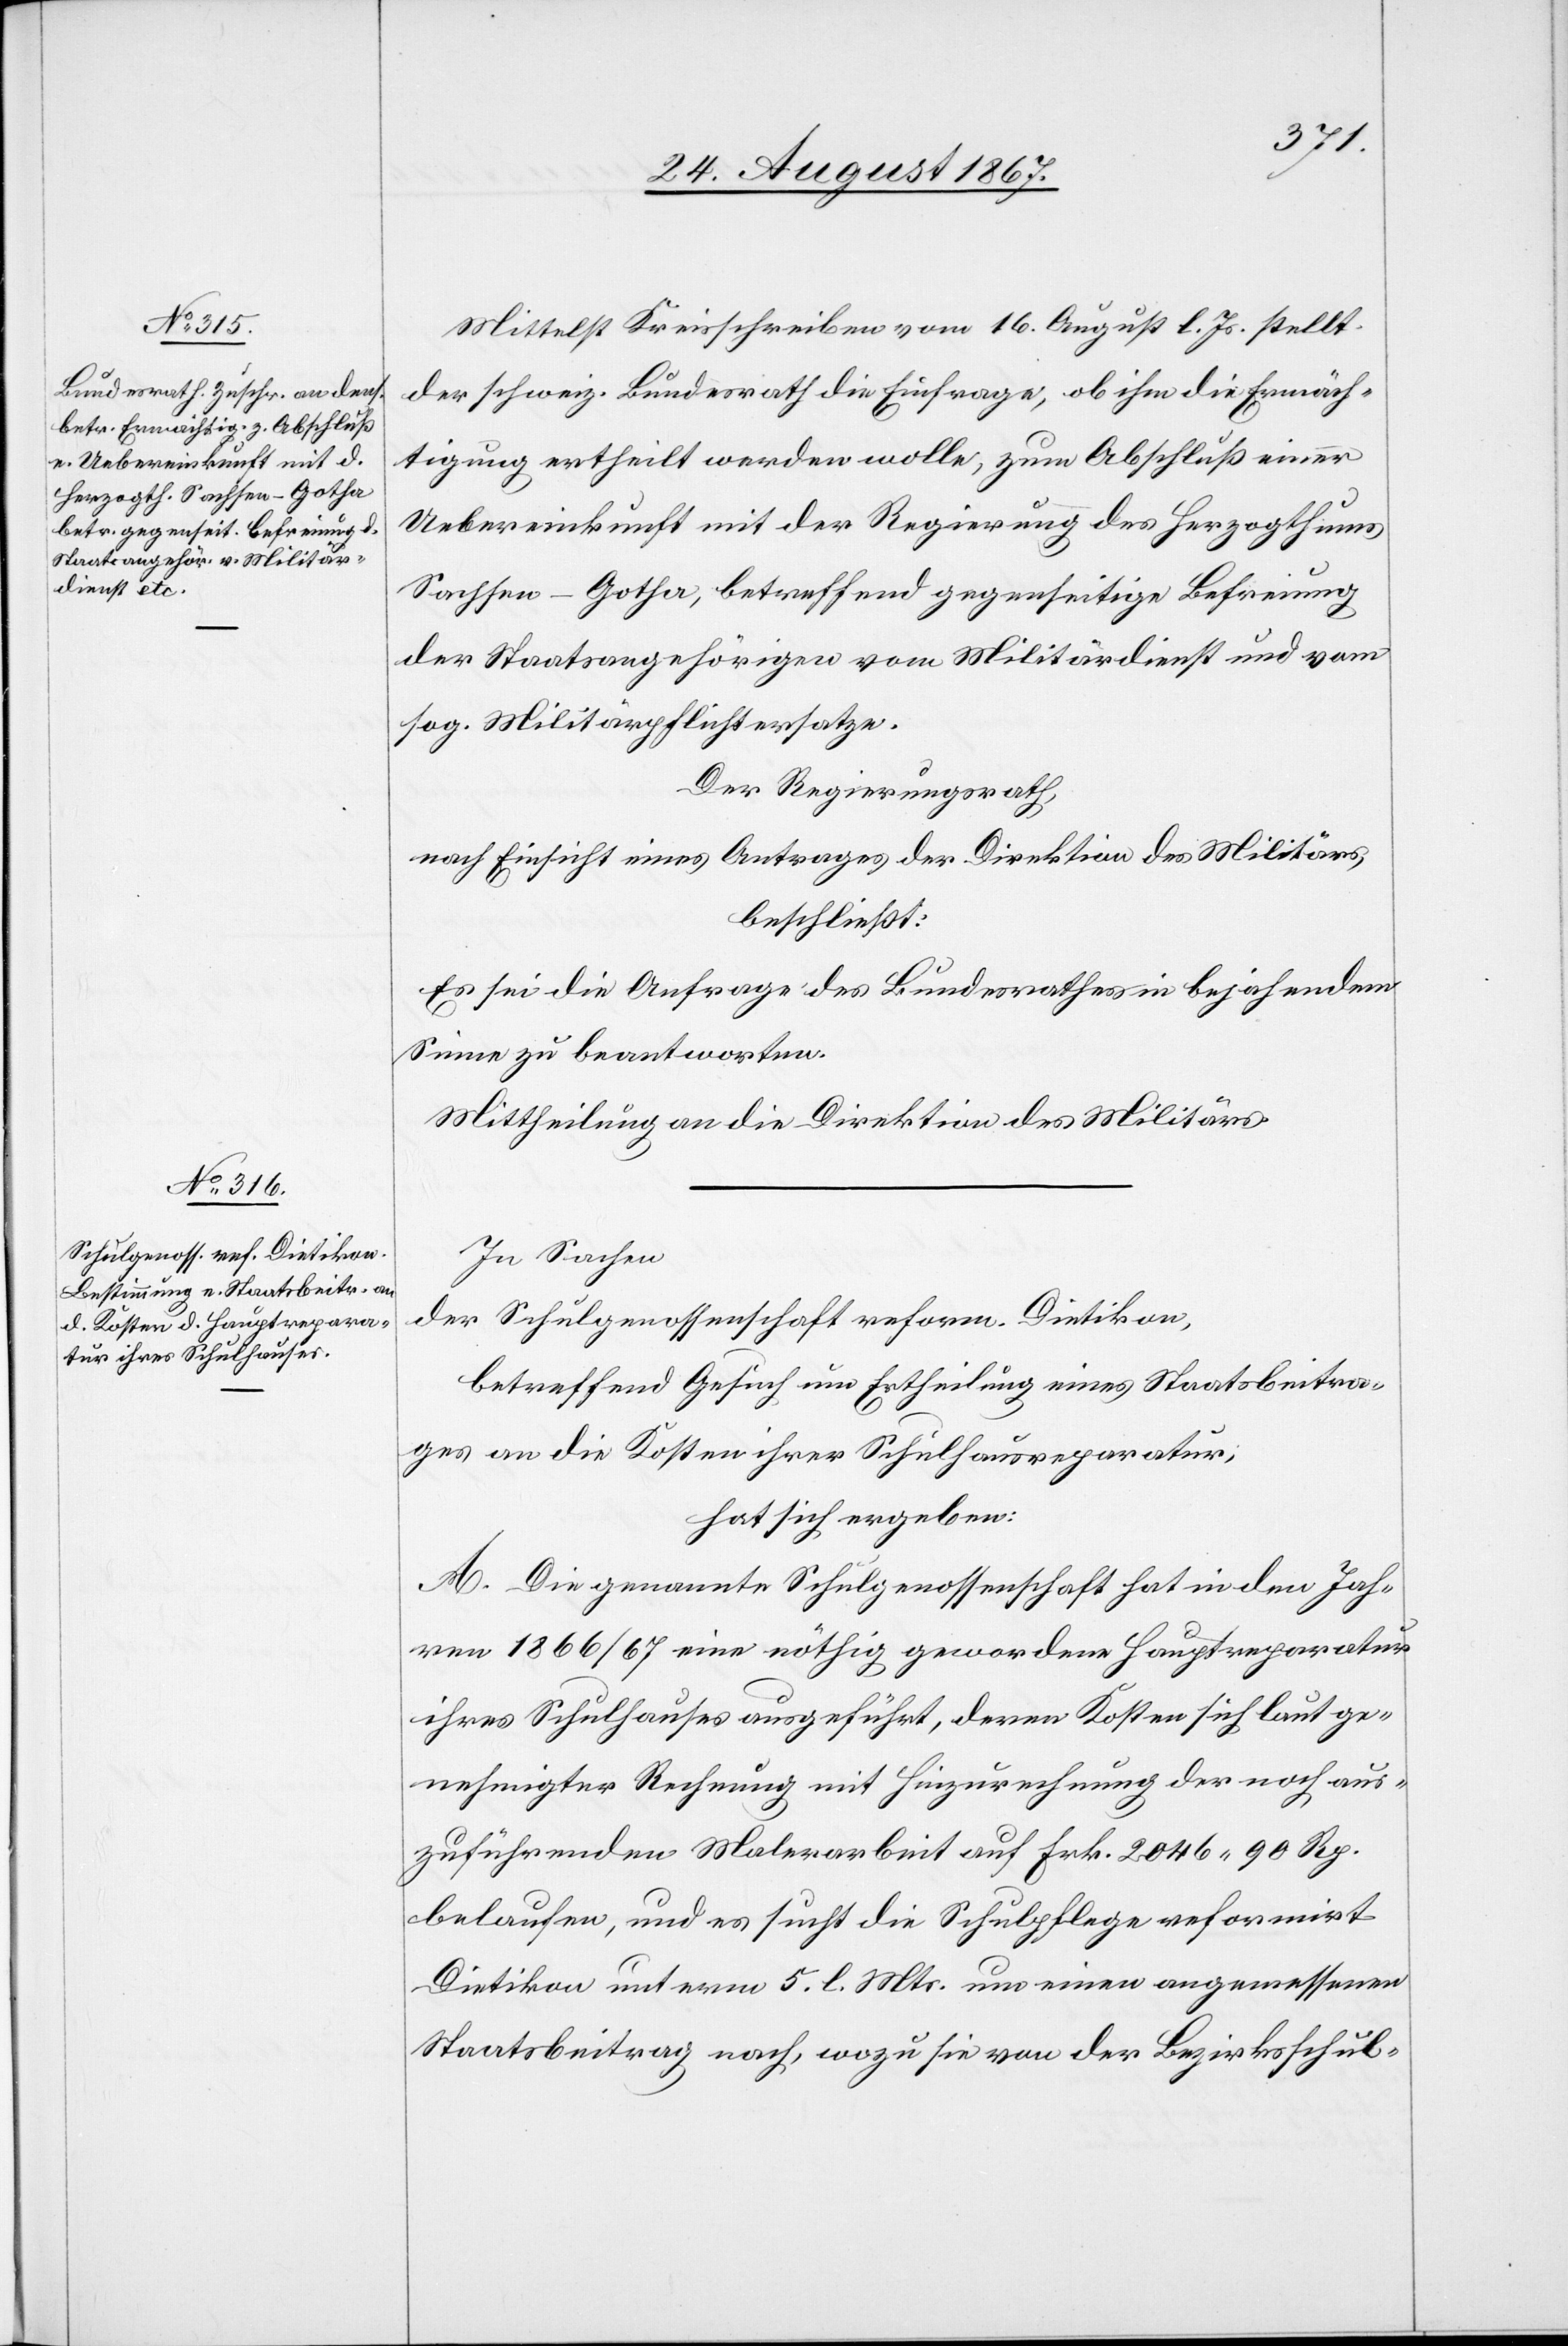
Mittelst Kreisschreiben vom 16. August l. Js. stellt
der schweiz. Bundesrath die Einfrage, ob ihm die Ermäch¬
tigung ertheilt werden wolle, zum Abschluß einer
Uebereinkunft mit der Regierung des Herzogthums
Sachsen-Gotha, betreffend gegenseitige Befreiung
der Staatsangehörigen vom Militärdienst und vom
sog. Militärpflichtersatze.
Der Regierungsrath,
nach Einsicht eines Antrages der Direktion des Militärs,
beschließt:
Es sei die Anfrage des Bundesrathes in bejahendem
Sinne zu beantworten.
Mittheilung an die Direktion des Militärs.
In Sachen
der Schulgenossenschaft reform. Dietikon,
betreffend Gesuch um Ertheilung eines Staatsbeitra¬
ges an die Kosten ihrer Schulhausbaute,
hat sich ergeben:
A. Die genannte Schulgenossenschaft hat in den Jah¬
ren 1866/67 eine nöthig gewordene Hauptreparatur
ihres Schulhauses ausgeführt, deren Kosten sich laut ge¬
nehmigter Rechnung mit Hinzurechnung der noch aus¬
zuführenden Malerarbeit auf Frk. 2046.90 Rp.
belaufen, und es sucht die Schulpflege reformirt
Dietikon unterm 5. l. Mts. um einen angemessenen
Staatsbeitrag nach, wozu sie von der Bezirksschul-